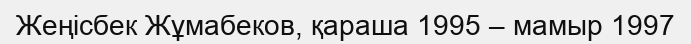
Жеңісбек Жұмабеков, қараша 1995 – мамыр 1997